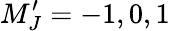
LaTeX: M_{J}^{\prime}=-1,0,1